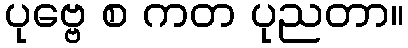
ပုဗ္ဗေ စ ကတ ပုညတာ။